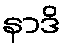
နာဒိ